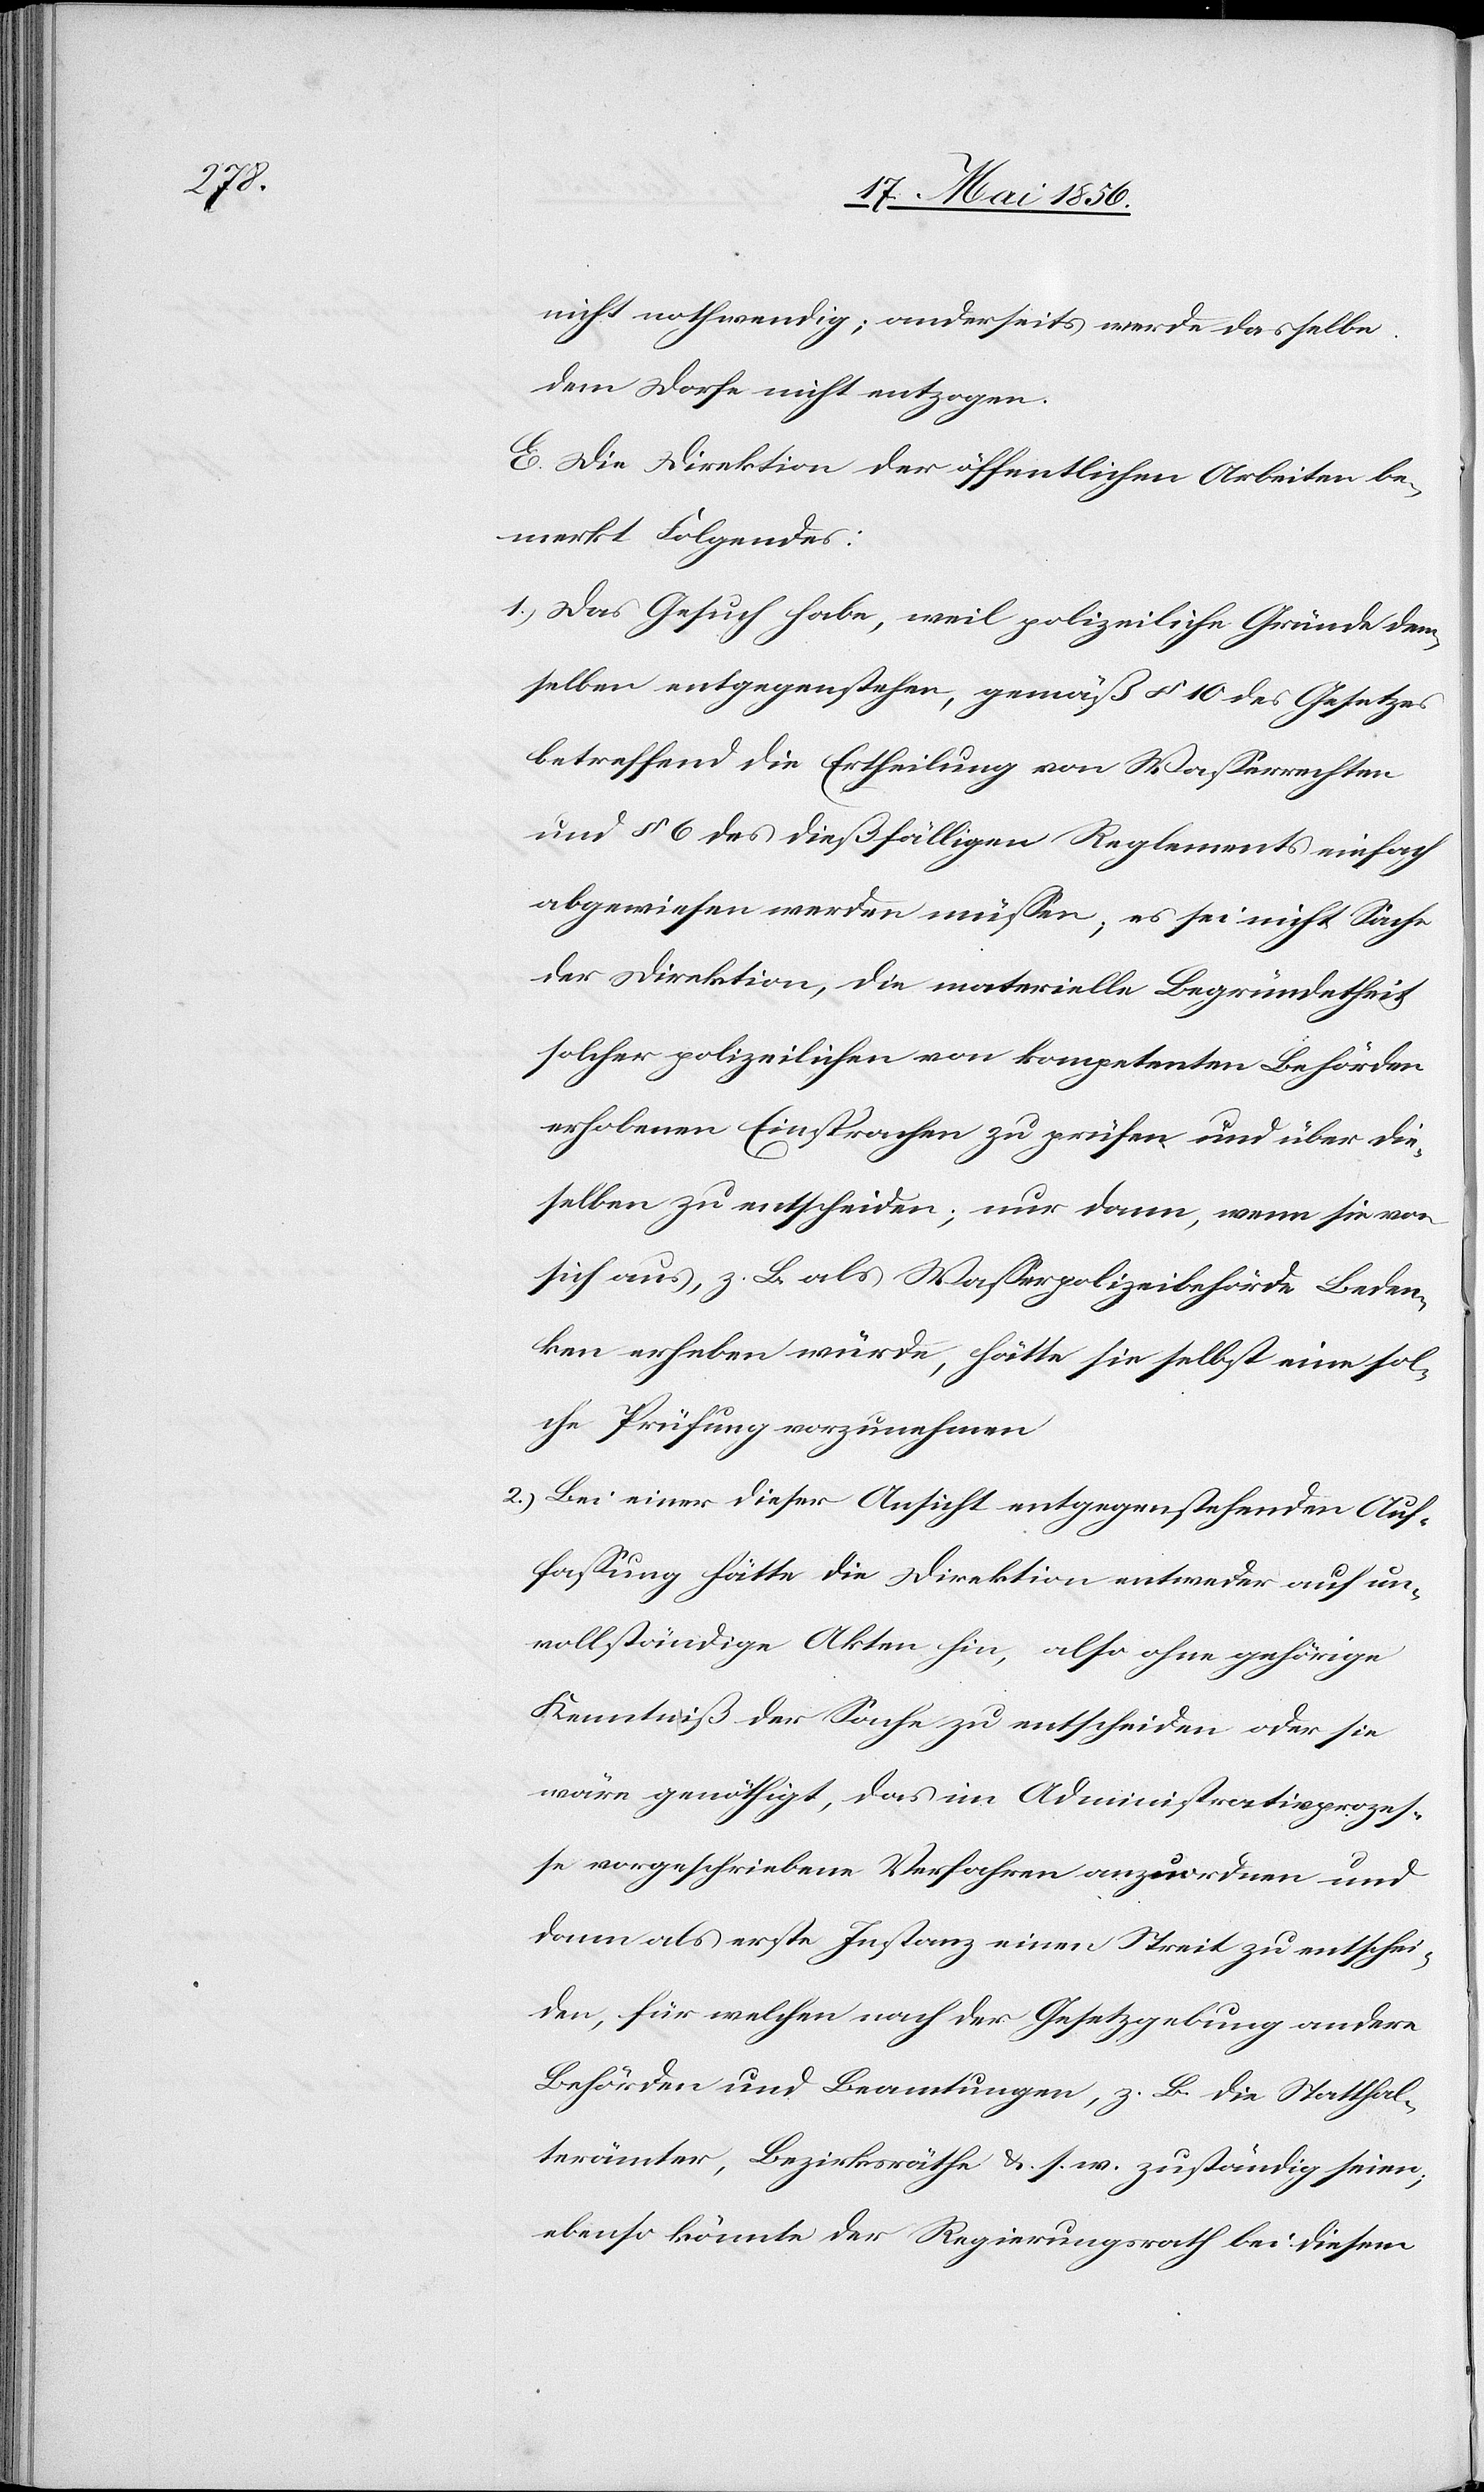
nicht nothwendig; anderseits werde dasselbe
dem Dorfe nicht entzogen.
E. Die Direktion der öffentlichen Arbeiten be¬
merkt Folgendes:
1.) Das Gesuch habe, weil polizeiliche Gründe dem¬
selben entgegenstehen, gemäß § 10 des Gesetzes
betreffend die Ertheilung von Wasserrechten
und § 6 des dießfälligen Reglements einfach
abgewiesen werden müssen; es sei nicht Sache
der Direktion, die materielle Begründetheit
solcher polizeilichen von kompetenten Behörden
erhobenen Einsprachen zu prüfen und über die¬
selben zu entscheiden; nur dann, wenn sie von
sich aus, z.B. als Wasserpolizeibehörde Beden¬
ken erheben würde, hätte sie selbst eine sol¬
che Prüfung vorzunehmen.
2.) Bei einer dieser Ansicht entgegenstehenden Auf¬
fassung hätte die Direktion entweder auf un¬
vollständige Akten hin, also ohne gehörige
Kenntniß der Sache zu entscheiden oder sie
wäre genöthigt, das im Administrativprozes¬
se vorgeschriebene Verfahren anzuordnen und
dann als erste Instanz einen Streit zu entschei¬
den, für welchen nach der Gesetzgebung andere
Behörden und Beamtungen, z. B. die Statthal¬
terämter, Bezirksräthe &. s. w. zuständig seien;
ebenso könnte der Regierungsrath bei diesem